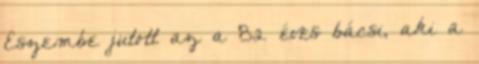
Eszembe jutott az a 82 éves bácsi, aki a